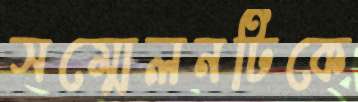
সম্মেলনটিকে